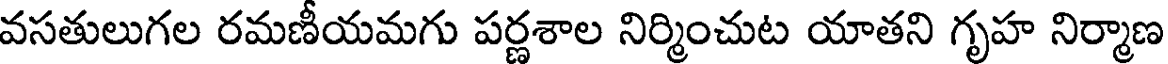
వసతులుగల రమణీయమగు పర్ణశాల నిర్మించుట యాతని గృహ నిర్మాణ